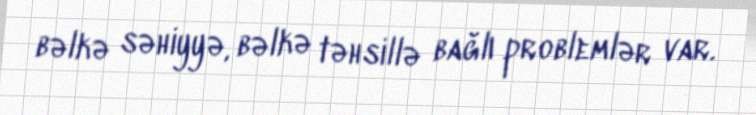
bəlkə səhiyyə, bəlkə təhsillə bağlı problemlər var.